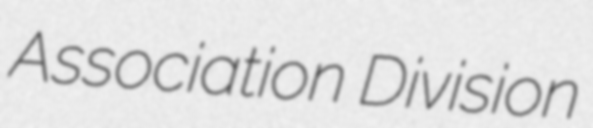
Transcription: Association Division